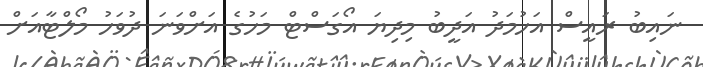
ނައިބު ރައީސް އަހުމަދު އަދީބު މިދިޔަ އޯގަސްޓް މަހުގެ އަށްވަނަ ދުވަހު މޯލްޓާއަށް